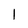
Character: 1